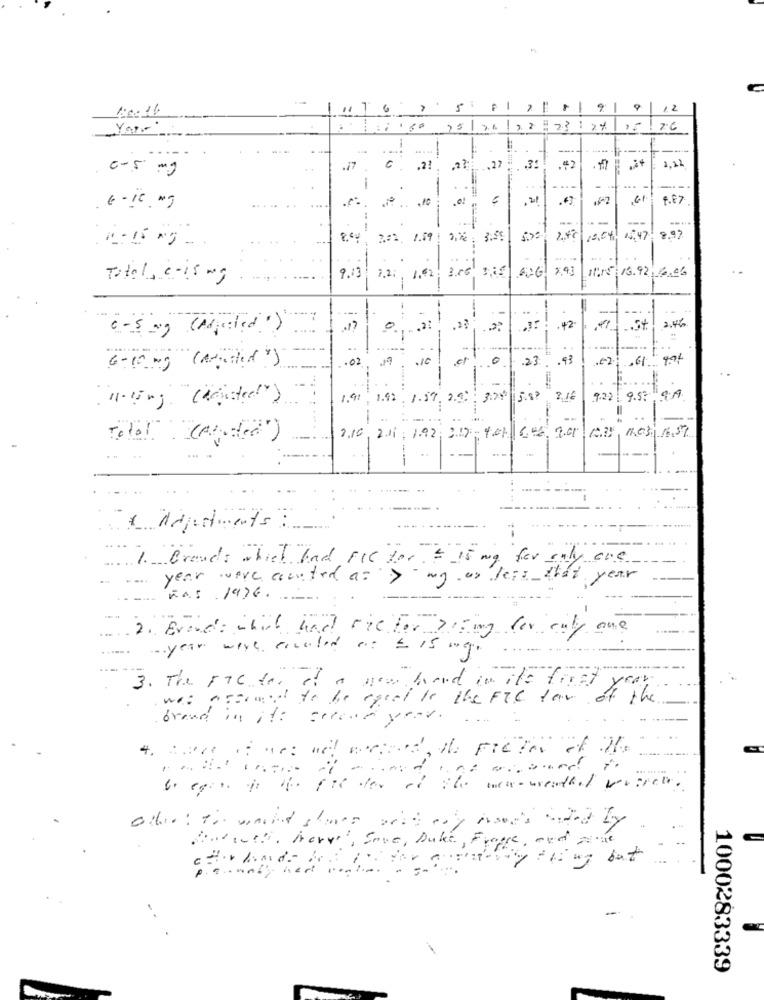
4:0016
11
6
12
15/26/22 : 23: 27 15 76
-
----
7 .
C. , 21 21 ,27;
.#2
2,22
6-5 mg
-
....
...
1.87
6 - 10 mg
--
--...
--
844, 201, 1.59 1%: 3.5%
19,5%
8.97
7.2.
1115: 16.92, 16.06
Total, c-15 mg
9.13
1.42
3.66 3,25 626 X43
-
-1 --
-
. 1
. 42
.34. 2.46
--
.02
0
.23.93
.€2
6-10 mg "( or sted" )
1.41
1.42
1.57. 29
3.24 5.83
922 9.5 99
..
2.16.211; 1.92
.. ..
....
-
* adjustments :
1. Brands which had FIC For $ 15 mg fev only are
year were central a= > my or less that
year
WAS 1976 ..
2. Events which had sie for rising for only one
-year were, cocalad os = 15 mg.
3. The Factor of a new found in its first year
was present to be equal to the FTC few of the
brand in its second year.
Sove, Duke, Frappe, and the
1000283339